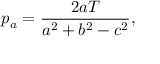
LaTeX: p _ { a } = { \frac { 2 a T } { a ^ { 2 } + b ^ { 2 } - c ^ { 2 } } } ,